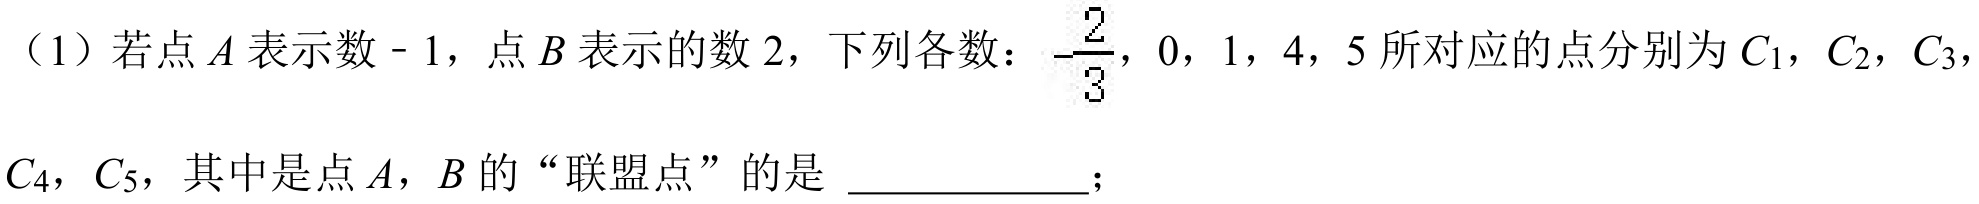
（1）若点$A$表示数$-1$，点$B$表示的数$2$，下列各数：$-\dfrac{2}{3}$，$0$，$1$，$4$，$5$所对应的点分别为$C_{1}$，$C_{2}$，$C_{3}$，$C_{4}$，$C_{5}$，其中是点$A$，$B$的“联盟点”的是 \_\_\_\_\_\_\_；